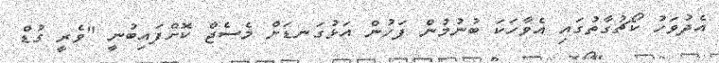
އެދުވަހު ކޯޗުގާތުގައި އެވާހަކަ ބުނުމުން ފަހުން އަޅުގަނޑަށް މެސެޖް ކޮށްފައިބުނީ "ވެރީ ގުޑް